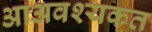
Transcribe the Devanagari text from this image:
आअवश्यकत